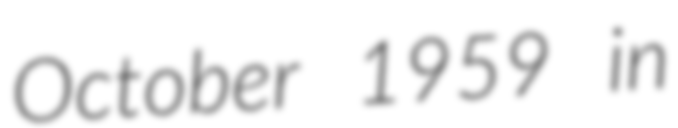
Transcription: October 1959 in